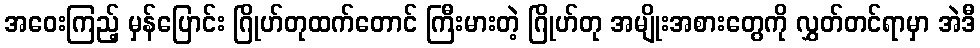
အဝေးကြည့် မှန်ပြောင်း ဂြိုဟ်တုထက်တောင် ကြီးမားတဲ့ ဂြိုဟ်တု အမျိုးအစားတွေကို လွှတ်တင်ရာမှာ အဲဒီ